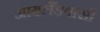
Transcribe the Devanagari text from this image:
आयलैंडवासी